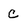
Character: C